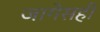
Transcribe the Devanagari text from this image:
जागेसही